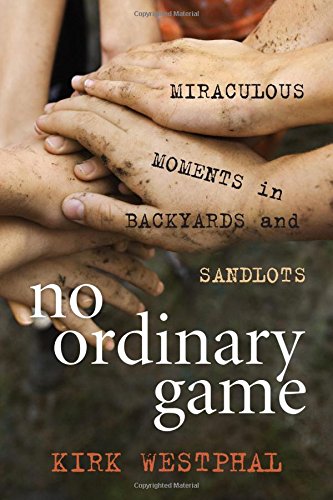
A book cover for No Ordinary Game: Miraculous Moments in Backyards and Sandlots; Kirk Westphal; Sports & Outdoors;